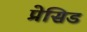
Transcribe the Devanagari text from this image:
प्रेसिड